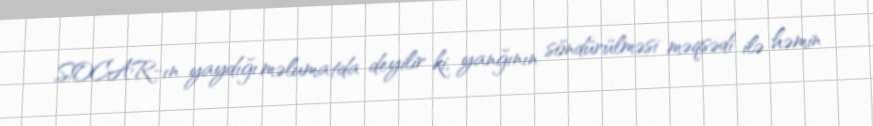
SOCAR-ın yaydığı məlumatda deyilir ki, yanğının söndürülməsi məqsədi ilə həmin